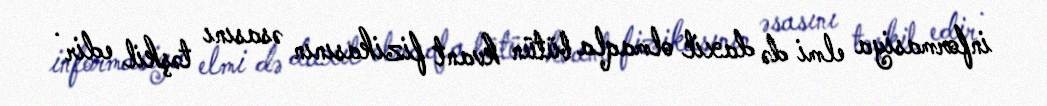
informasiya elmi də daxil olmaqla bütün kvant fizikasının əsasını təşkil edir .